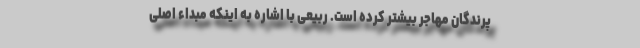
پرندگان مهاجر بیشتر کرده است. ربیعی با اشاره به اینکه مبداء اصلی